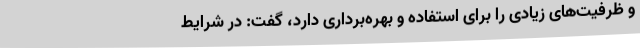
و ظرفیت‌های زیادی را برای استفاده و بهره‌برداری دارد، گفت: در شرایط